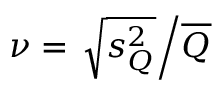
\nu = \left. \sqrt { s _ { Q } ^ { 2 } } \middle / \overline { { Q } } \right.